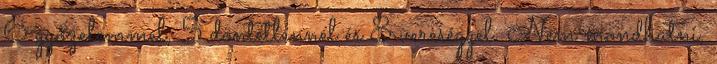
6 győzelemmel, 5 döntetlennel és 8 vereséggel. Nem mondhatni,